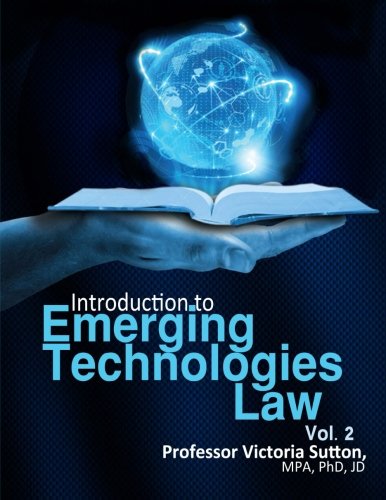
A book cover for Emerging Technologies Law: Vol. 2 (Volume 2); Victoria Sutton; Law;